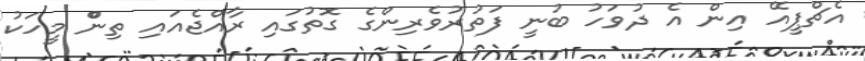
އެޗްޕީއޭ އިން އެ ދުވަހު ބުނީ ފަތުރުވެރިންގެ ގޮތުގައި ރާއްޖެއައި ތިންް މީހަކު